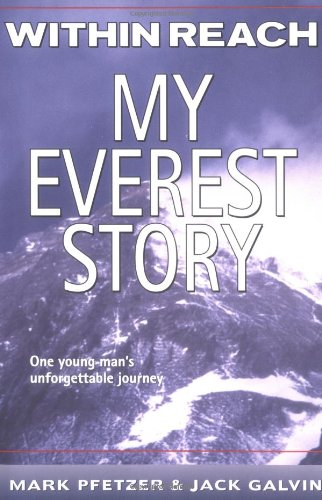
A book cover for Within Reach: My Everest Story (Nonfiction); Mark Pfetzer; Sports & Outdoors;